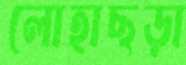
লোহাছড়া